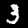
Label: 3